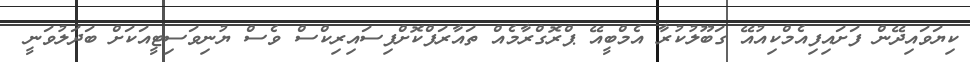
ކިޔަވައިދޭން ފަށައިފިއެމްކިއުއޭ ގަބޫލުކުރާ އެމްބީއޭ ޕްރޮގްރާމެއް ތައާރަފްކޮށްފިސައިރިކްސް ވެސް ޔުނިވަސިޓީއަކަށް ބަދަލުވަނީ